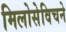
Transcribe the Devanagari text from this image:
मिलोसेविचने